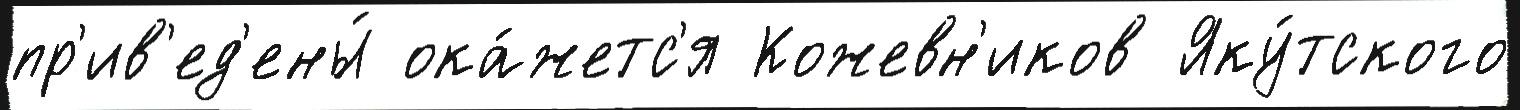
пр'ив'ед'ены́ ока́жетс'я Кожевн'иков Яку́тского